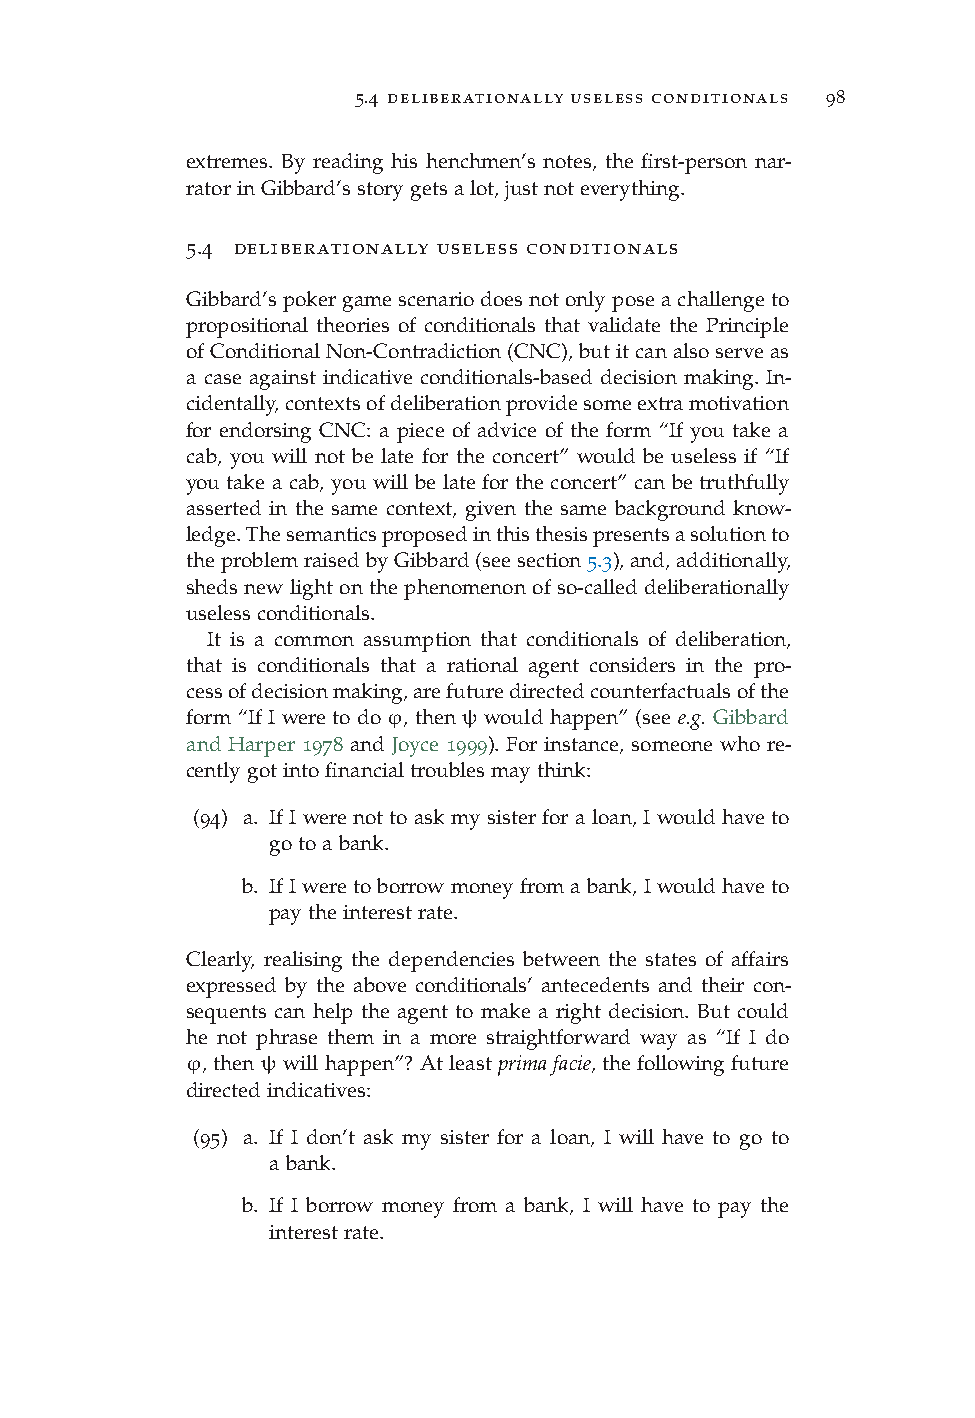
5.4 deliberationally useless conditionals 98
 extremes. By reading his henchmen’s notes, the first-person nar-
 ratorinGibbard’sstorygetsalot,justnoteverything.
 5.4 deliberationally useless conditionals
 Gibbard’spokergamescenariodoesnotonlyposeachallengeto
 propositional theories of conditionals that validate the Principle
 ofConditionalNon-Contradiction(CNC),butitcanalsoserveas
 a case against indicative conditionals-based decision making. In-
 cidentally,contextsofdeliberationprovidesomeextramotivation
 for endorsing CNC: a piece of advice of the form “If you take a
 cab, you will not be late for the concert” would be useless if “If
 you take a cab, you will be late for the concert” can be truthfully
 asserted in the same context, given the same background know-
 ledge.Thesemanticsproposedinthisthesispresentsasolutionto
 theproblemraisedbyGibbard(seesection5.3),and,additionally,
 sheds new light on the phenomenon of so-called deliberationally
 uselessconditionals.
 It is a common assumption that conditionals of deliberation,
 that is conditionals that a rational agent considers in the pro-
 cessofdecisionmaking,arefuturedirectedcounterfactualsofthe
 form “If I were to do ϕ, then ψ would happen” (see e.g. Gibbard
 and Harper 1978 and Joyce 1999). For instance, someone who re-
 centlygotintofinancialtroublesmaythink:
 (94) a. If I were not to ask my sister for a loan, I would have to
 gotoabank.
 b. IfIweretoborrowmoneyfromabank,Iwouldhaveto
 paytheinterestrate.
 Clearly, realising the dependencies between the states of affairs
 expressed by the above conditionals’ antecedents and their con-
 sequents can help the agent to make a right decision. But could
 he not phrase them in a more straightforward way as “If I do
 ϕ, then ψ will happen”? At least primafacie, the following future
 directedindicatives:
 (95) a. If I don’t ask my sister for a loan, I will have to go to
 abank.
 b. If I borrow money from a bank, I will have to pay the
 interestrate.